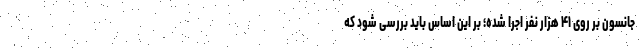
جانسون بر روی ۴۱ هزار نفر اجرا شده؛ بر این اساس باید بررسی شود که